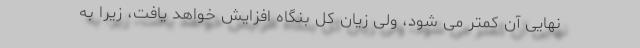
نهایی آن کمتر می شود، ولی زیان کل بنگاه افزایش خواهد یافت، زیرا به